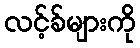
လင့်ခ်များကို